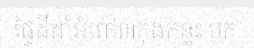
ផ្ទៃដីដាំអំពៅ៣កុងកន្លះ មក